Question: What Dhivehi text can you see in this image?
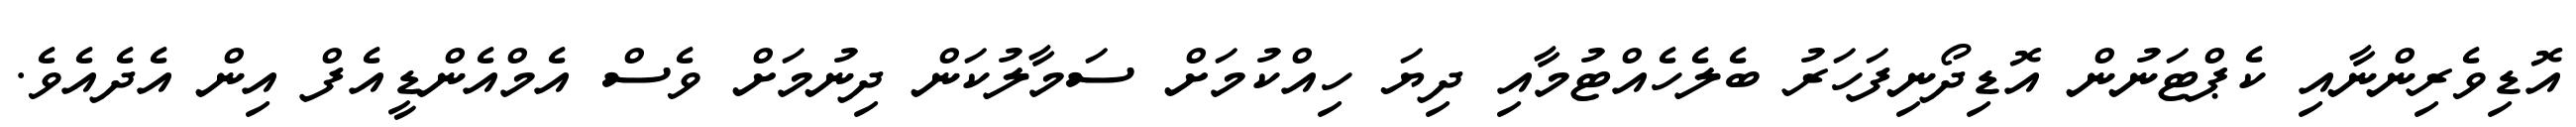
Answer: އޮޑިވެރިންނާއި ކެޕްޓަނުން އޮޑިދޯނިފަހަރު ބެލެހެއްޓުމާއި ދިޔަ ހިއްކުމަށް ސަމާލުކަން ދިނުމަށް ވެސް އެމްއެންޑީއެފް އިން އެދެއެވެ.